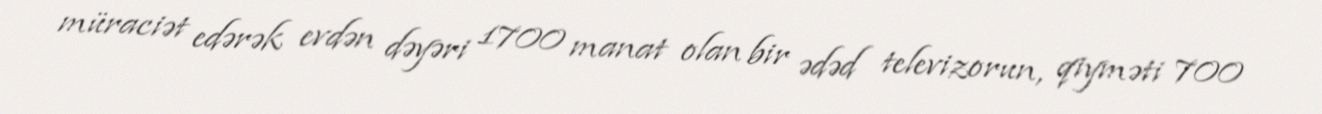
müraciət edərək evdən dəyəri 1700 manat olan bir ədəd televizorun, qiyməti 700